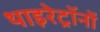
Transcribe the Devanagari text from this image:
थाइरेट्रॉनों